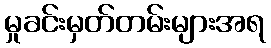
မှုခင်းမှတ်တမ်းများအရ